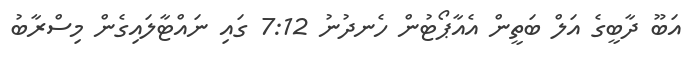
އަބޫ ދާބީގެ އަލް ބަތީން އެއާޕޯޓުން ހެނދުނު 7:12 ގައި ނައްޓާލައިގެން މިސްރާބު